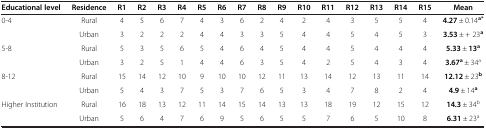
<table><thead><tr><td><b>Educational level</b></td><td><b>Residence</b></td><td><b>R1</b></td><td><b>R2</b></td><td><b>R3</b></td><td><b>R4</b></td><td><b>R5</b></td><td><b>R6</b></td><td><b>R7</b></td><td><b>R8</b></td><td><b>R9</b></td><td><b>R10</b></td><td><b>R11</b></td><td><b>R12</b></td><td><b>R13</b></td><td><b>R14</b></td><td><b>R15</b></td><td><b>Mean</b></td></tr></thead><tbody><tr><td>0-4</td><td>Rural</td><td>4</td><td>5</td><td>6</td><td>7</td><td>4</td><td>3</td><td>6</td><td>2</td><td>4</td><td>2</td><td>4</td><td>3</td><td>5</td><td>5</td><td>4</td><td><b>4.27</b> ± 0.14<sup><b>a*</b></sup></td></tr><tr><td> </td><td>Urban</td><td>3</td><td>2</td><td>2</td><td>2</td><td>4</td><td>4</td><td>3</td><td>3</td><td>5</td><td>4</td><td>4</td><td>5</td><td>4</td><td>5</td><td>3</td><td><b>3.53</b> ± + 23<sup><b>a</b></sup></td></tr><tr><td>5-8</td><td>Rural</td><td>5</td><td>3</td><td>5</td><td>6</td><td>5</td><td>4</td><td>6</td><td>4</td><td>5</td><td>4</td><td>4</td><td>5</td><td>4</td><td>4</td><td>4</td><td><b>5.33</b> ± <b>13</b><sup><b>a</b></sup></td></tr><tr><td> </td><td>Urban</td><td>3</td><td>2</td><td>5</td><td>1</td><td>4</td><td>4</td><td>6</td><td>3</td><td>5</td><td>4</td><td>2</td><td>5</td><td>4</td><td>3</td><td>4</td><td><b>3.67</b><sup><b>a</b></sup> ± 34<sup>a</sup></td></tr><tr><td>8-12</td><td>Rural</td><td>15</td><td>14</td><td>12</td><td>10</td><td>9</td><td>10</td><td>10</td><td>12</td><td>11</td><td>13</td><td>14</td><td>12</td><td>13</td><td>11</td><td>14</td><td><b>12.12</b> ± 23<sup><b>b</b></sup></td></tr><tr><td> </td><td>Urban</td><td>5</td><td>4</td><td>3</td><td>7</td><td>5</td><td>3</td><td>7</td><td>6</td><td>5</td><td>3</td><td>4</td><td>7</td><td>8</td><td>2</td><td>4</td><td><b>4.9</b> ± 14<sup><b>a</b></sup></td></tr><tr><td>Higher Institution</td><td>Rural</td><td>16</td><td>18</td><td>13</td><td>12</td><td>11</td><td>14</td><td>15</td><td>14</td><td>13</td><td>13</td><td>18</td><td>19</td><td>12</td><td>15</td><td>12</td><td><b>14.3</b> ± 34<sup>b</sup></td></tr><tr><td> </td><td>Urban</td><td>5</td><td>6</td><td>4</td><td>7</td><td>6</td><td>9</td><td>5</td><td>6</td><td>5</td><td>5</td><td>7</td><td>6</td><td>5</td><td>10</td><td>8</td><td><b>6.31</b> ± 23<sup>a</sup></td></tr></tbody></table>